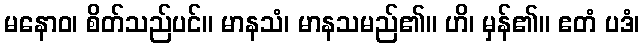
မနောဝ၊ စိတ်သည်ပင်။ မာနသံ၊ မာနသမည်၏။ ဟိ၊ မှန်၏။ ဧတံ ပဒံ၊